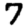
Digit: 7